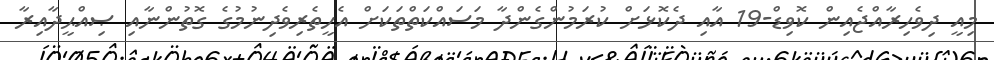
މިއީ ދިވެހިރާއްޖެއިން ކޮވިޑް-19 އާއި ދެކޮޅަށް ކުރަމުންގެންދާ މަސައްކަތްތަކަށް އެހީތެރިވެދިނުމުގެ ގޮތުންނާއި ޞިއްޙީދާއިރާ